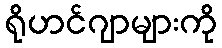
ရိုဟင်ဂျာများကို